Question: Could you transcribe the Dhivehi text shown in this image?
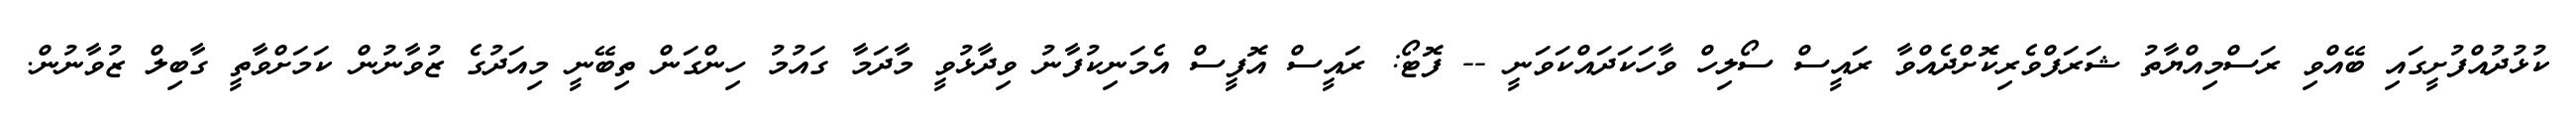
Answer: ކުޅުދުއްފުށީގައި ބޭއްވި ރަސްމިއްޔާތު ޝަރަފްވެރިކޮށްދެއްވާ ރައީސް ސޯލިހް ވާހަކަދައްކަވަނީ -- ފޮޓޯ: ރައީސް އޮފީސް އެމަނިކުފާނު ވިދާޅުވީ މާދަމާ ގައުމު ހިންގަން ތިބޭނީ މިއަދުގެ ޒުވާނުން ކަމަށްވާތީ ގާބިލް ޒުވާނުން.